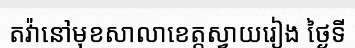
តវ៉ានៅមុខសាលាខេត្តស្វាយរៀង ថ្ងៃទី